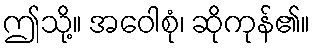
ဤသို့။ အဝေါစုံ၊ ဆိုကုန်၏။